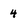
Character: 4